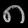
Digit: ၈